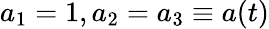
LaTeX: a_{1}=1,a_{2}=a_{3}\equiv a(t)